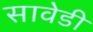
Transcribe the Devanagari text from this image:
सावेडी